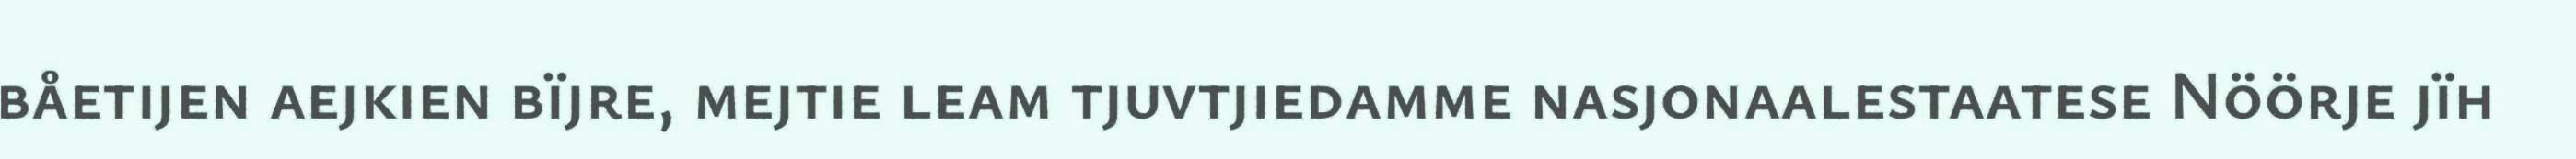
båetijen aejkien bïjre, mejtie leam tjuvtjiedamme nasjonaalestaatese Nöörje jïh